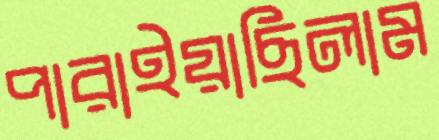
পারাইয়াছিলাম